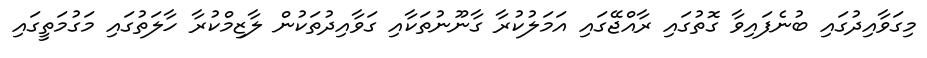
މިގަވާއިދުގައި ބުނެފައިވާ ގޮތުގައި ރާއްޖޭގައި އަމަލުކުރާ ގާނޫނުތަކާއި ގަވާއިދުތަކުން ލާޒިމްކުރާ ހާލަތުގައި މަގުމަތީގައި